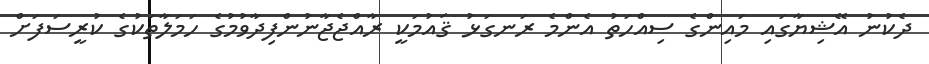
ދެކުނު އޭޝިޔާގައި މައިންގެ ސިއްހަތު އެންމެ ރަނގަޅު ޤައުމަކީ ރާއްޖެޖާނުންފިދާވުމުގެ ހަމަލާތަކުގެ ކުރީސަފަށް